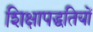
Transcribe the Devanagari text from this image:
शिक्षापद्धतियों